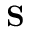
{ \mathbf { S } }